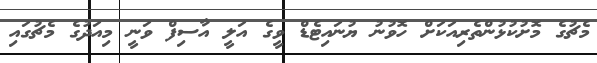
މެޗުގެ މޮށުކުޅުންތެރިއަކަށް ހޮވުނު ޔުނައިޓެޑް ވީގެ އަލީ އާސިފް ވަނީ މިއަދުގެ މެޗުގައި